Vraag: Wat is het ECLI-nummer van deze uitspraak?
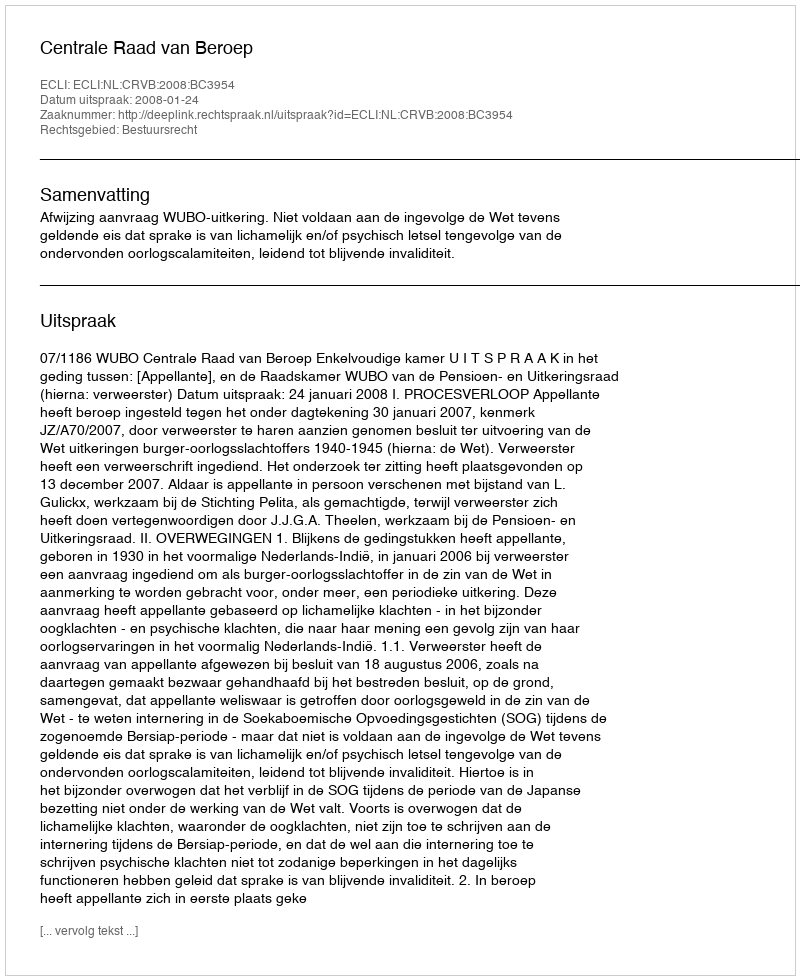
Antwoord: ECLI:NL:CRVB:2008:BC3954